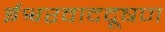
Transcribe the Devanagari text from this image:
ईश्वरवाददूषण